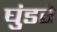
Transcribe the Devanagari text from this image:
घुंडरे